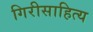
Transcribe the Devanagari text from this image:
गिरीसाहित्य